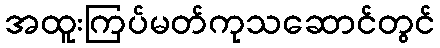
အထူးကြပ်မတ်ကုသဆောင်တွင်